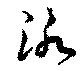
泳